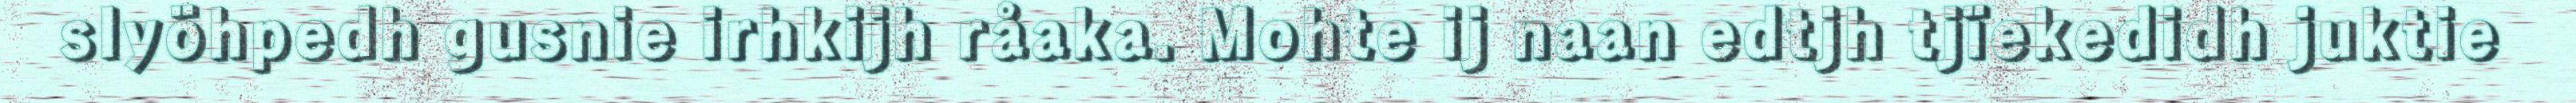
slyöhpedh gusnie irhkijh råaka. Mohte ij naan edtjh tjïekedidh juktie